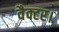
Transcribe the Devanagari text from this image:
वैक्टर।